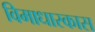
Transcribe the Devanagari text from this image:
विमाधारकास